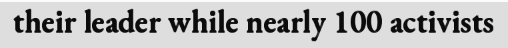
their leader while nearly 100 activists